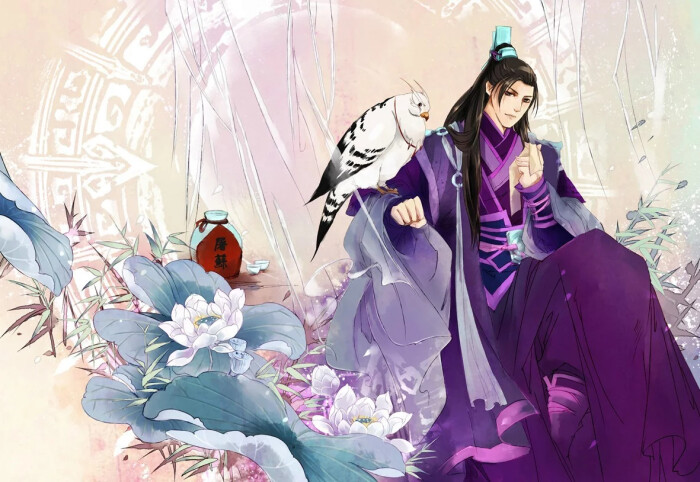
且凭天子怒，复倚将军雄。